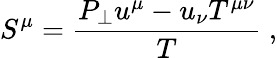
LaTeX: S^{\mu}=\frac{P_{\perp}u^{\mu}-u_{\nu}T^{\mu\nu}}{T}\; ,